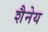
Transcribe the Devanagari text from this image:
शैनेय